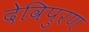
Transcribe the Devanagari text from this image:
देविपुरण